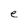
Character: e